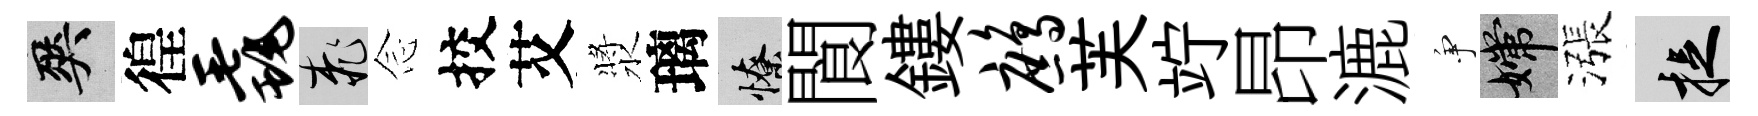
爽徨毳桃𫝹挍艾漿璃憭閬鏤鹧芙竚昂漉争嫦漲捉